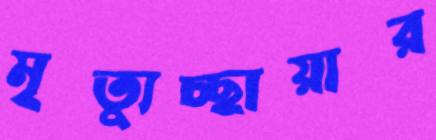
মৃত্যুচ্ছায়ার